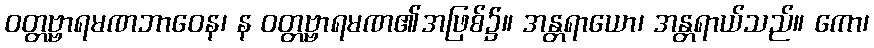
ဝတ္တဗ္ဗာရမဏဘာဝေန၊ န ဝတ္တဗ္ဗာရမဏ၏အဖြစ်၌။ အန္တရာယော၊ အန္တရာယ်သည်။ ကော၊